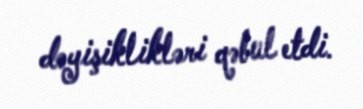
dəyişiklikləri qəbul etdi.